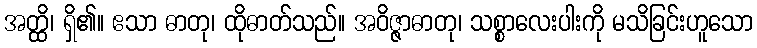
အတ္ထိ၊ ရှိ၏။ ဧသာ ဓာတု၊ ထိုဓာတ်သည်။ အဝိဇ္ဇာဓာတု၊ သစ္စာလေးပါးကို မသိခြင်းဟူသော